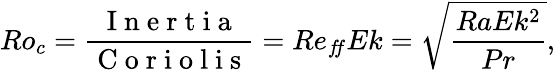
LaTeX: Ro_{c}=\frac{\mathrm{~I~n~e~r~t~i~a~}}{\mathrm{~C~o~r~i~o~l~i~s~}}=Re_{f\! f}Ek=\sqrt{\frac{RaEk^{2}}{Pr}},